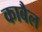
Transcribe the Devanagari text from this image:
काबैल